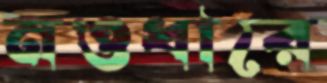
নওধারে